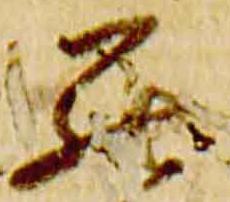
罷